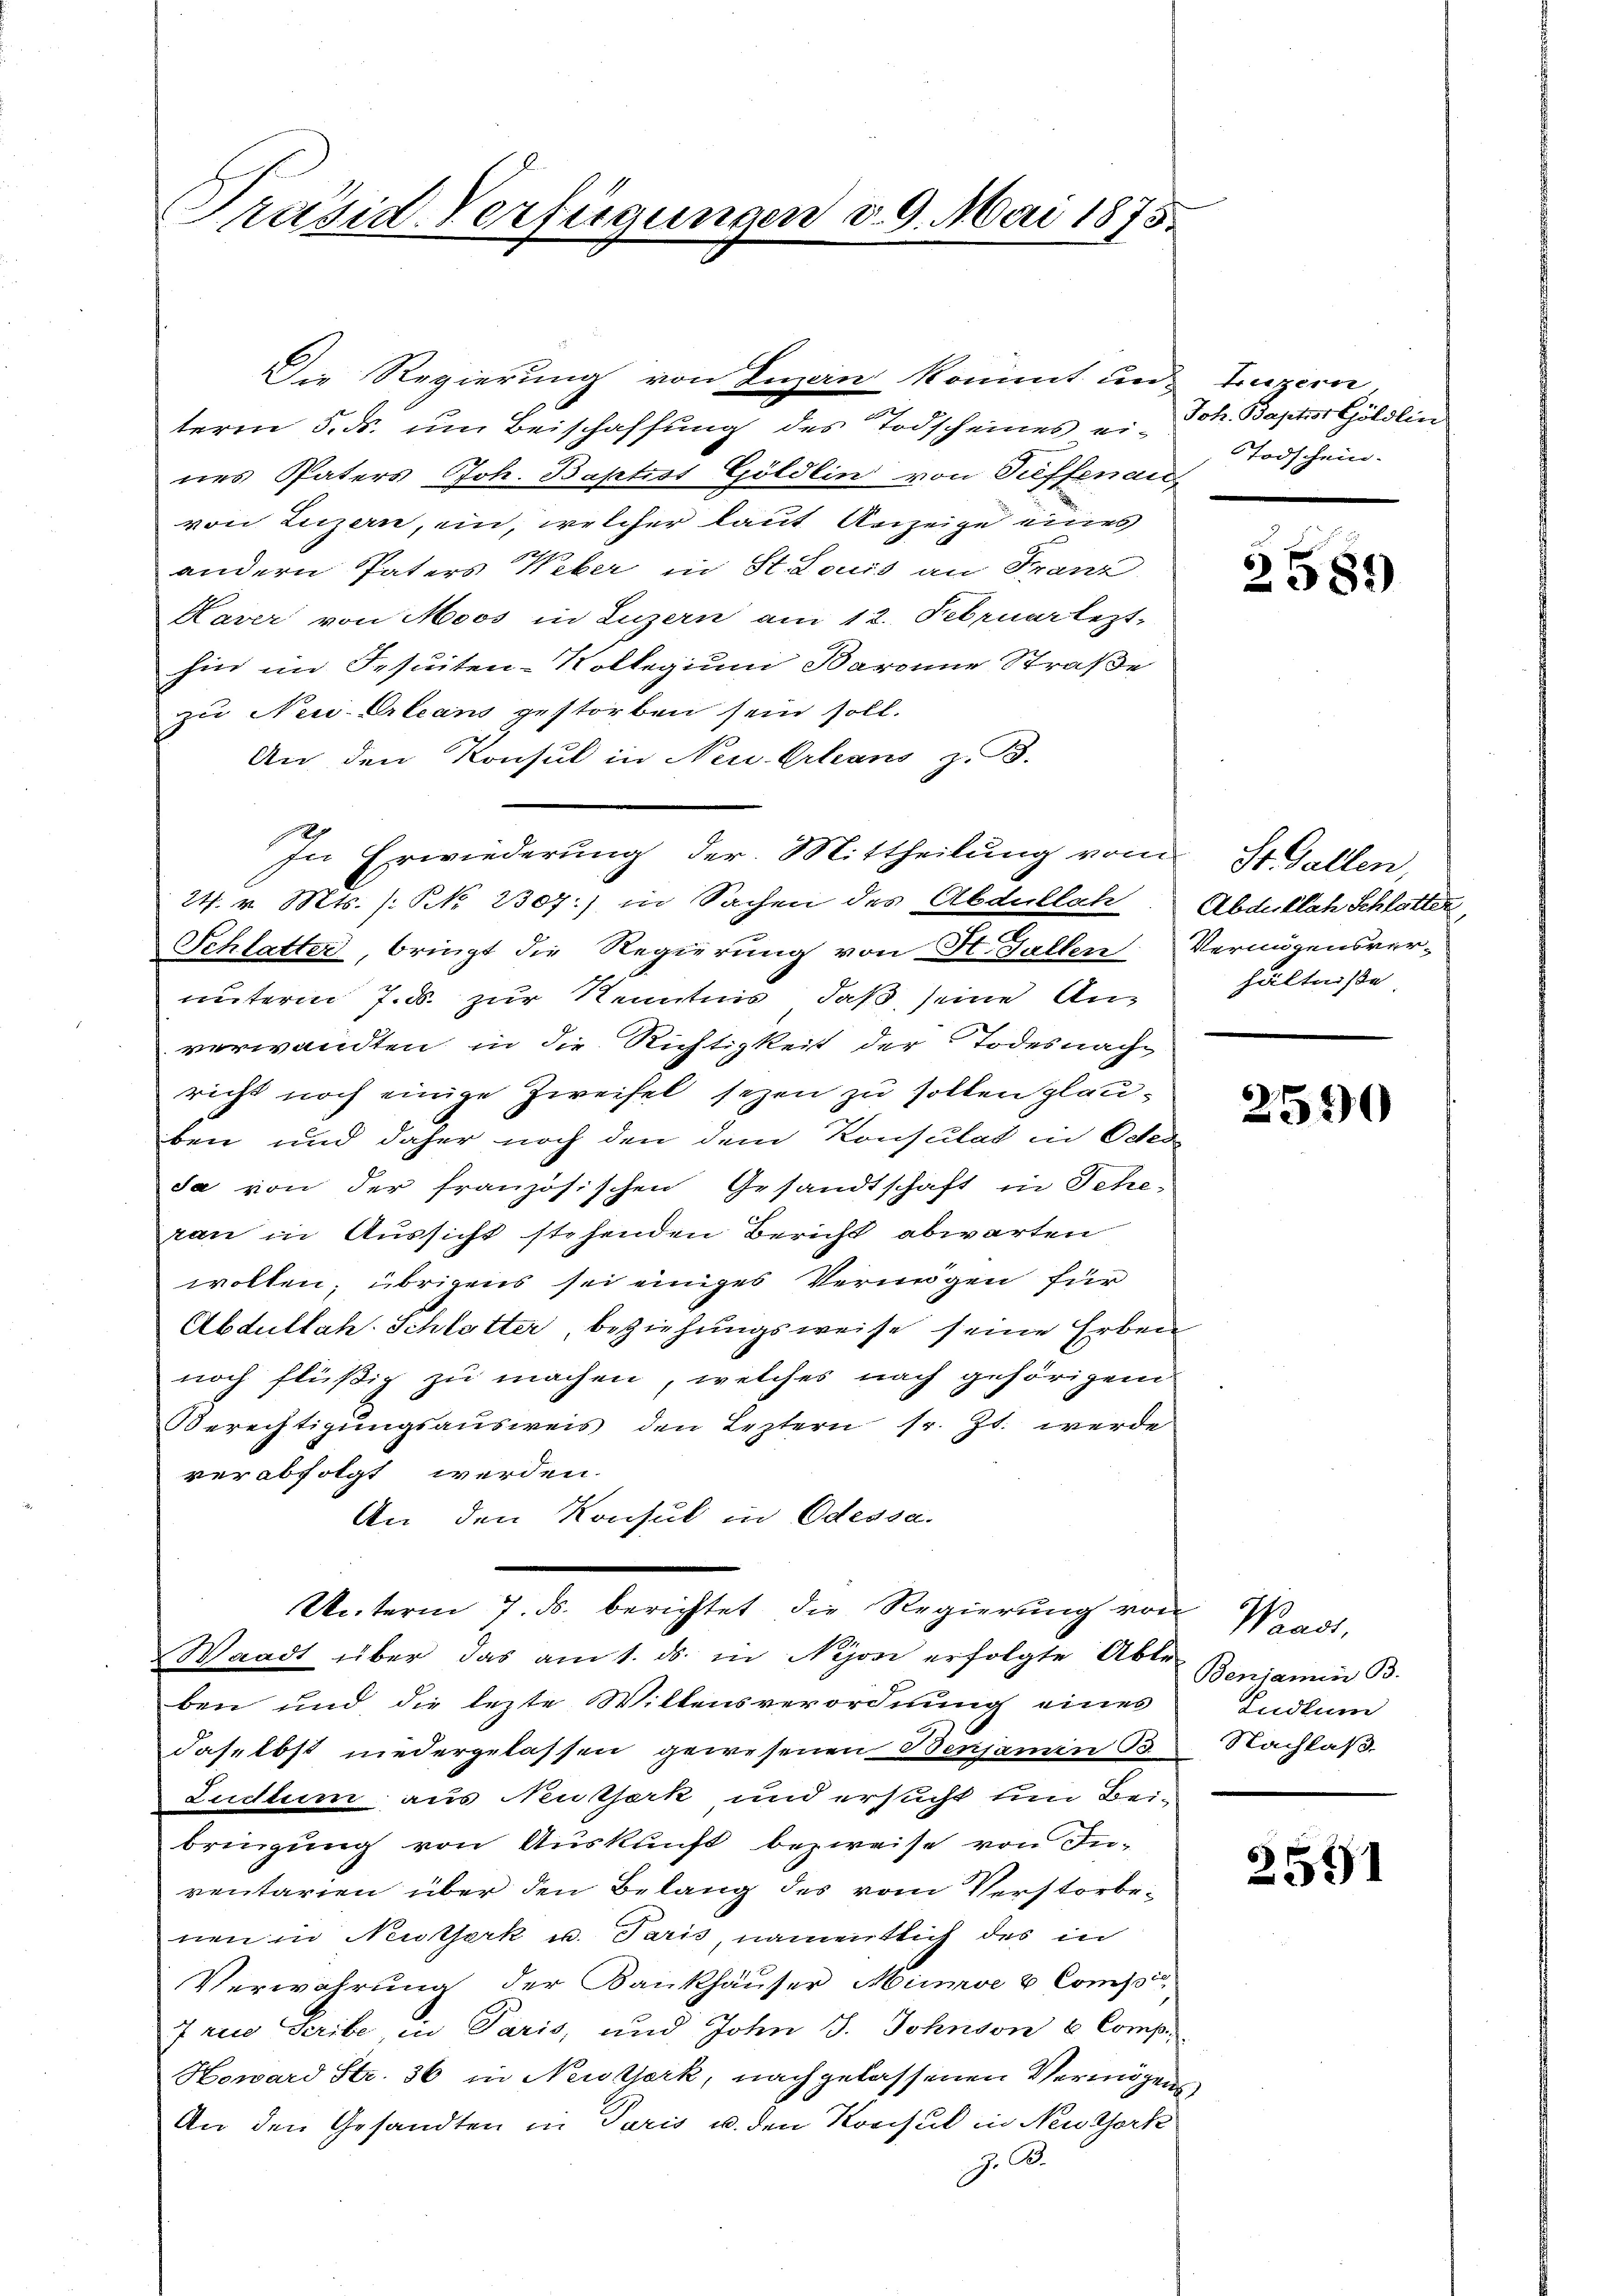
Präsid-Verfügungen d. 9. Mai 1875.

Die Regierung von Luzern kommt und Luzern
term 5. ds. um Beischaffung des Todscheines ein Joh. Baptist Göldlin
nes Paters Joh. Baptist Göldlin von Puffenau,
von Luzern, ein, welcher laut Anzeige eines
andern Paters Weber in St. Louis an Franz
Haver von Moos in Luzern am 13. Februar lezt
hin im Jesuiten-Kollegium Baronne Straße
zu Neu-Orleans gestorben sein soll.
An den Konsul in Neu. Erhans z. B.
24. v. Mts. (: NNo. 2307) in Sachen des Abdulleh
u
Schlatter, bringt die Regierung von St. Gallen
unterm 7. ds. zur Kenntnis, daß seine Anverwandten in die Richtigkeit der Todesnachricht noch einige Zweifel sezen zu sollen plauben und daher noch den dem Konsulat in Otten
sa von der französischen Gesandtschaft in Scheran in Aussicht stehenden Bericht abwarten
wollen; übrigens sei einiges Vermögen für
Abdullah. Schlotter, beziehungsweise seine Erben
noch flüßig zu machen, welches nach gehörigem
Berechtigŭngsausweis den Leztern sr. Zt. werde
verabfolgt werden.
An den Konsul in Odessa.
u
Unterm 7. ds. berichtet die Regierung von
Waadt über das am 1. ds. in Nijoni erfolgte Able
ben und die lezte Willensverordnung eines
daselbst niedergelassen gewesenen Benjamin B
Zudlum aus Neutserk und ersucht um Beibringung von Auskunft bezweife von Inventarien über den Belang des vom Verstorbe-
nen in Neitserk u. Paris, namentlich des in
Verwahrung der Bankhäuser Minde & Compi
7 rei Geribe, in Paris, und John J. Johnson 6 Comp.
Howard Str. 36 in Newsterk, nachgelassenen Vermögens¬
An den Gesandten in Paris u. den Konsul in Neuthork
J. A.

In Erwiederung der Mittheilŭng vom 31. Gallen,

Todschein.

2589

Abduklah Schlatter,
Vermögensverhältniße

6
390

Waadt,
Benjamin B.
Sudtum
Nachlaß

2591